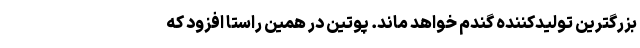
بزرگترین تولیدکننده گندم خواهد ماند. پوتین در همین راستا افزود که